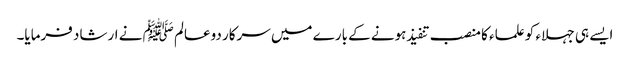
ایسے ہی جہلاء کو علماء کا منصب تنفیذ ہونے کے بارے میں سرکار دوعالم ﷺ نے ارشاد فرمایا۔